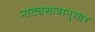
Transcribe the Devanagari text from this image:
नाट्यशात्रानुसार